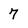
Character: 7